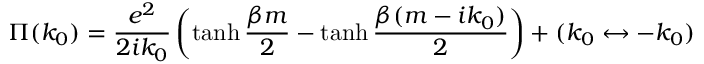
\Pi ( k _ { 0 } ) = { \frac { e ^ { 2 } } { 2 i k _ { 0 } } } \left( \operatorname { t a n h } { \frac { \beta m } { 2 } } - \operatorname { t a n h } { \frac { \beta ( m - i k _ { 0 } ) } { 2 } } \right) + ( k _ { 0 } \leftrightarrow - k _ { 0 } )